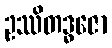
ဥဿိတဒ္ဓဇော